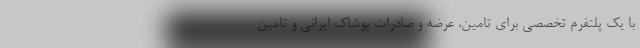
با یک پلتفرم تخصصی برای تامین، عرضه و صادرات پوشاک ایرانی و تامین